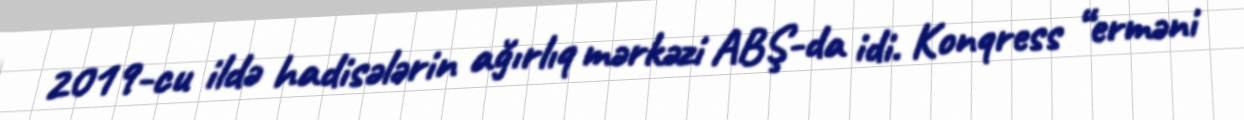
2019-cu ildə hadisələrin ağırlıq mərkəzi ABŞ-da idi. Konqress “erməni